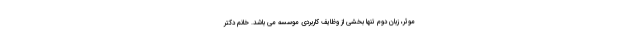
موثر، زبان دوم تنها بخشی از وظایف کاربردی موسسه می باشد. خانم دکتر